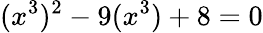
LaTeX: (x^{3})^{2}-9(x^{3})+8=0